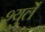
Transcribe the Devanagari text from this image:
श्युर्ले